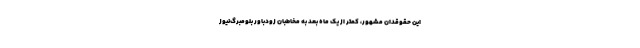
این حقوقدان مشهور، کمتر از یک ماه بعد به مخاطبان زودباور بلومبرگ‌نیوز